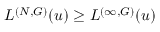
L ^ { ( N , G ) } ( u ) \ge L ^ { ( \infty , G ) } ( u )